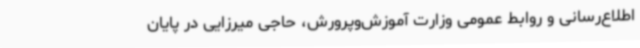
اطلاع‌رسانی و روابط عمومی وزارت آموزش‌وپرورش، حاجی میرزایی در پایان